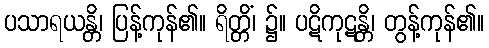
ပသာရယန္တိ၊ ပြန့်ကုန်၏။ ရိတ္တိံ၊ ၌။ ပဋိကုဋန္တိ၊ တွန့်ကုန်၏။